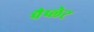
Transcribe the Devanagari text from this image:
पैप्लेट